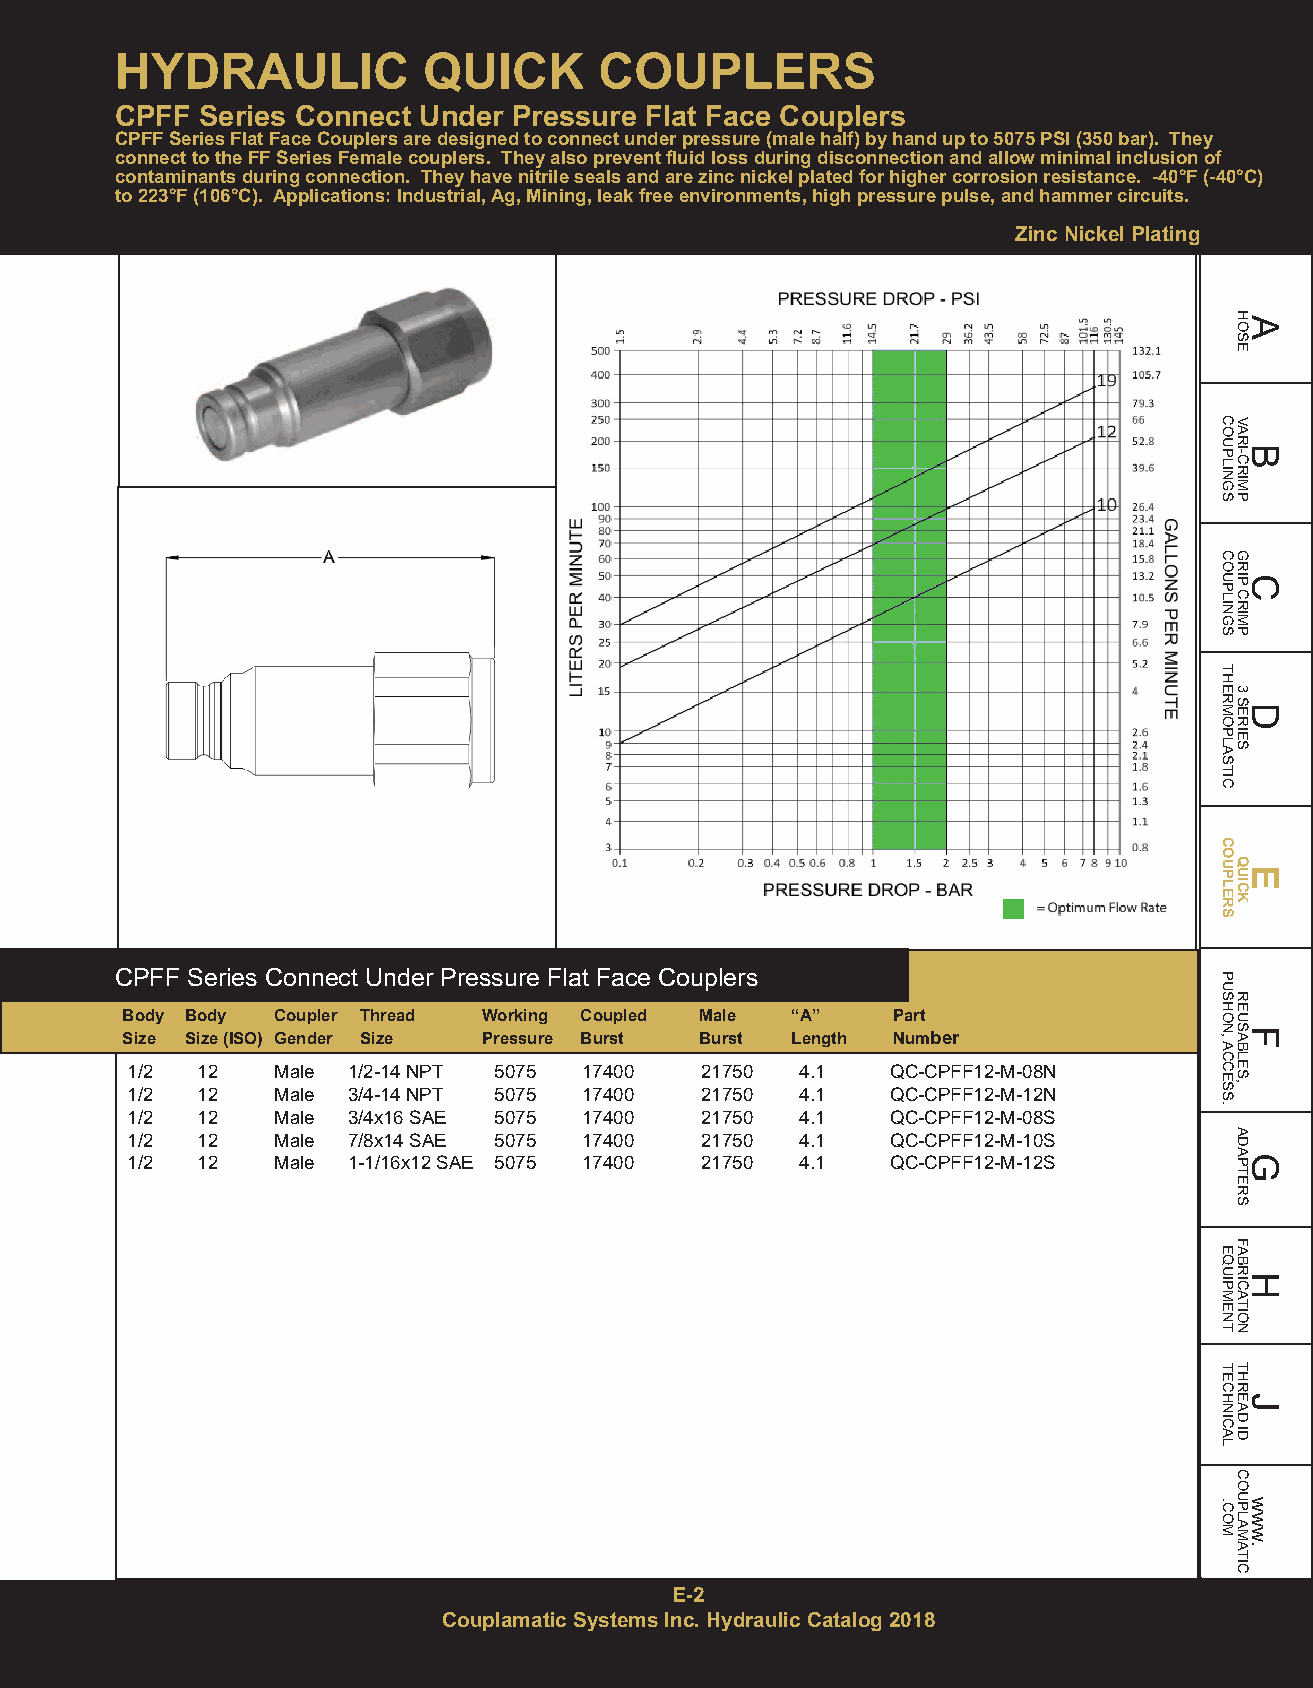
HYDRAULIC           QUICK       COUPLERS
 CPFF Series Connect Under Pressure Flat Face Couplers
 CPFF Series Flat Face Couplers are designed to connect under pressure (male half) by hand up to 5075 PSI (350 bar). They
 connect to the FF Series Female couplers. They also prevent fluid loss during disconnection and allow minimal inclusion of
 contaminants during connection. They have nitrile seals and are zinc nickel plated for higher corrosion resistance. -40°F (-40°C)
 to 223°F (106°C). Applications: Industrial, Ag, Mining, leak free environments, high pressure pulse, and hammer circuits.
 Zinc Nickel Plating
 CPFF Series Connect Under Pressure Flat Face Couplers
 Body Body Coupler Thread Working Coupled Male “A”  Part
 Size Size (ISO) Gender Size Pressure Burst Burst Length Number
 1/2  12   Male 1/2-14 NPT 5075 17400  21750  4.1   QC-CPFF12-M-08N
 1/2  12   Male 3/4-14 NPT 5075 17400  21750  4.1   QC-CPFF12-M-12N
 1/2  12   Male 3/4x16 SAE 5075 17400  21750  4.1   QC-CPFF12-M-08S
 1/2  12   Male 7/8x14 SAE 5075 17400  21750  4.1   QC-CPFF12-M-10S
 1/2  12   Male 1-1/16x12 SAE 5075 17400 21750 4.1  QC-CPFF12-M-12S
 E-2
 Couplamatic Systems Inc. Hydraulic Catalog 2018
 COUPLINGS
 COUPLINGS
 THERMOPLASTIC
 COUPLERS
 PUSHON,ACCESS.
 EQUIPMENT
 TECHNICAL
 .COM
 HAOSE
 VARBI-CRIMP
 GRICP
 CRIMP
 3
 SDERIES
 QEUICK
 REUSFABLES,
 ADAGPTERS
 FABRHICATION
 THREJAD
 ID
 COUPLAMATIC
 www.